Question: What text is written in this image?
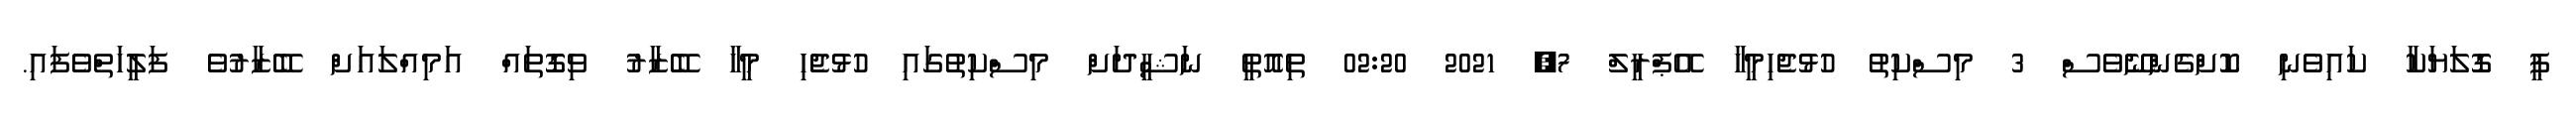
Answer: ޕީ ގޮލަޔަކާ ކައިވެނި ކޮށްގެންނޭވެސް 3 މިސްކިތު ހުޅުޖެހިމީހާ އޭޕްރީލް 7, 2021 02:20 ތިއޮތީ ނަޝީދަށް މިސްކިތުގައި ހުޅުޖެހި މީހާ ބޭޒާރު ވިގޮތައް އަމިއްލައަށް ބޭޒާރުވެ ފަލީހަތްވެފައި.